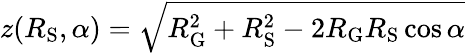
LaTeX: z(R_{\mathrm{S}},\alpha)=\sqrt{R_{\mathrm{G}}^{2}+R_{\mathrm{S}}^{2}-2R_{\mathrm{G}}R_{\mathrm{S}}\cos\alpha}